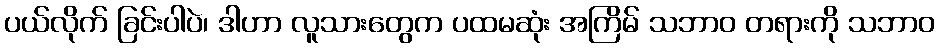
ပယ်လိုက် ခြင်းပါပဲ၊ ဒါဟာ လူသားတွေက ပထမဆုံး အကြိမ် သဘာဝ တရားကို သဘာဝ